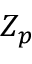
Z _ { p }